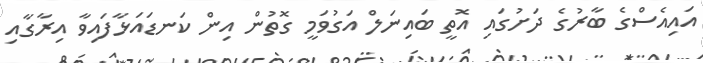
އައިއެސްގެ ބާރުގެ ދަށުގައި އޮތީ ބައިނަލް އަގުވަމީ ގޮތުން އިން ކަނޑައަޅާފައިވާ އިރާގާއި